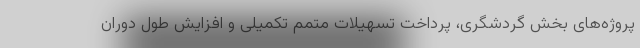
پروژه‌های بخش گردشگری، پرداخت تسهیلات متمم تکمیلی و افزایش طول دوران